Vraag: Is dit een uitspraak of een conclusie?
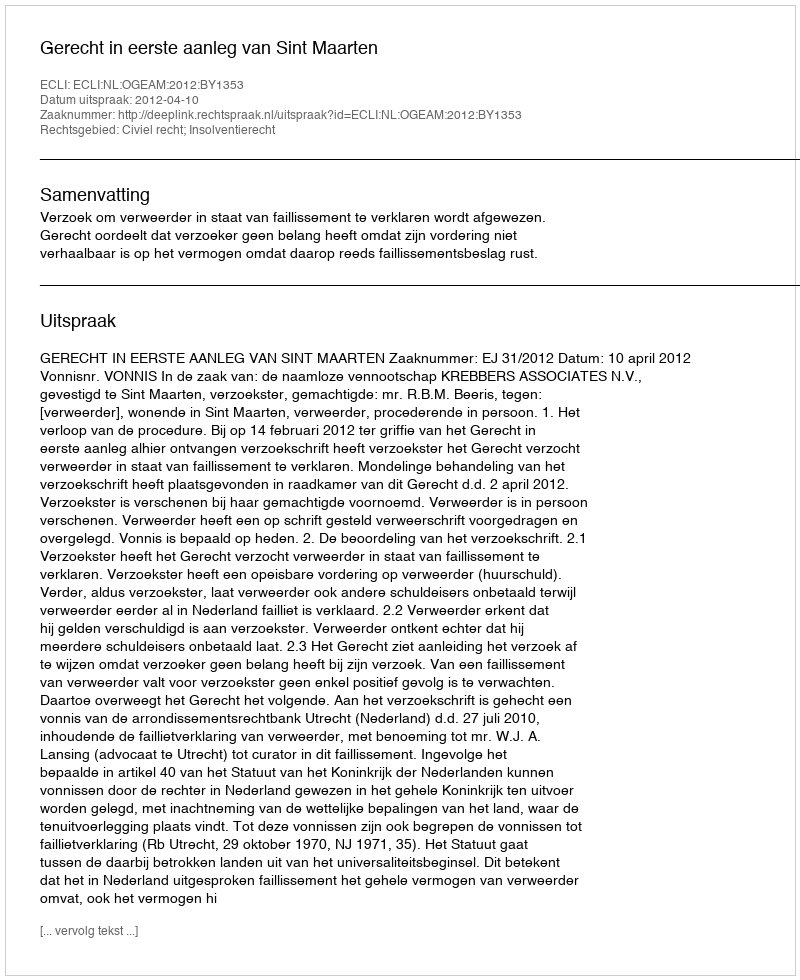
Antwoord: Uitspraak